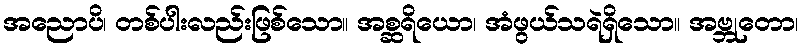
အညောပိ၊ တစ်ပါးလည်းဖြစ်သော။ အစ္ဆရိယော၊ အံဖွယ်သရဲရှိသော။ အဗ္ဘုတော၊